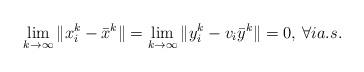
LaTeX: \begin{align*}\lim_{k\to\infty}\|x_i^k - \bar x^k\|= \lim_{k\to\infty}\|y_i^k -v_i\bar y^k\|=0, \: \forall ia.s. \end{align*}